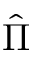
\hat { \Pi }